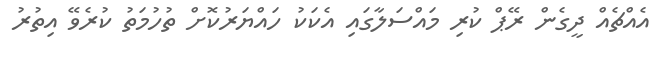
އެއްޗެއް ދީގެން ރޭޕް ކުރި މައްސަލާގައި އެކަކު ހައްޔަރުކޮށް ތުހުމަތު ކުރެވޭ އިތުރު